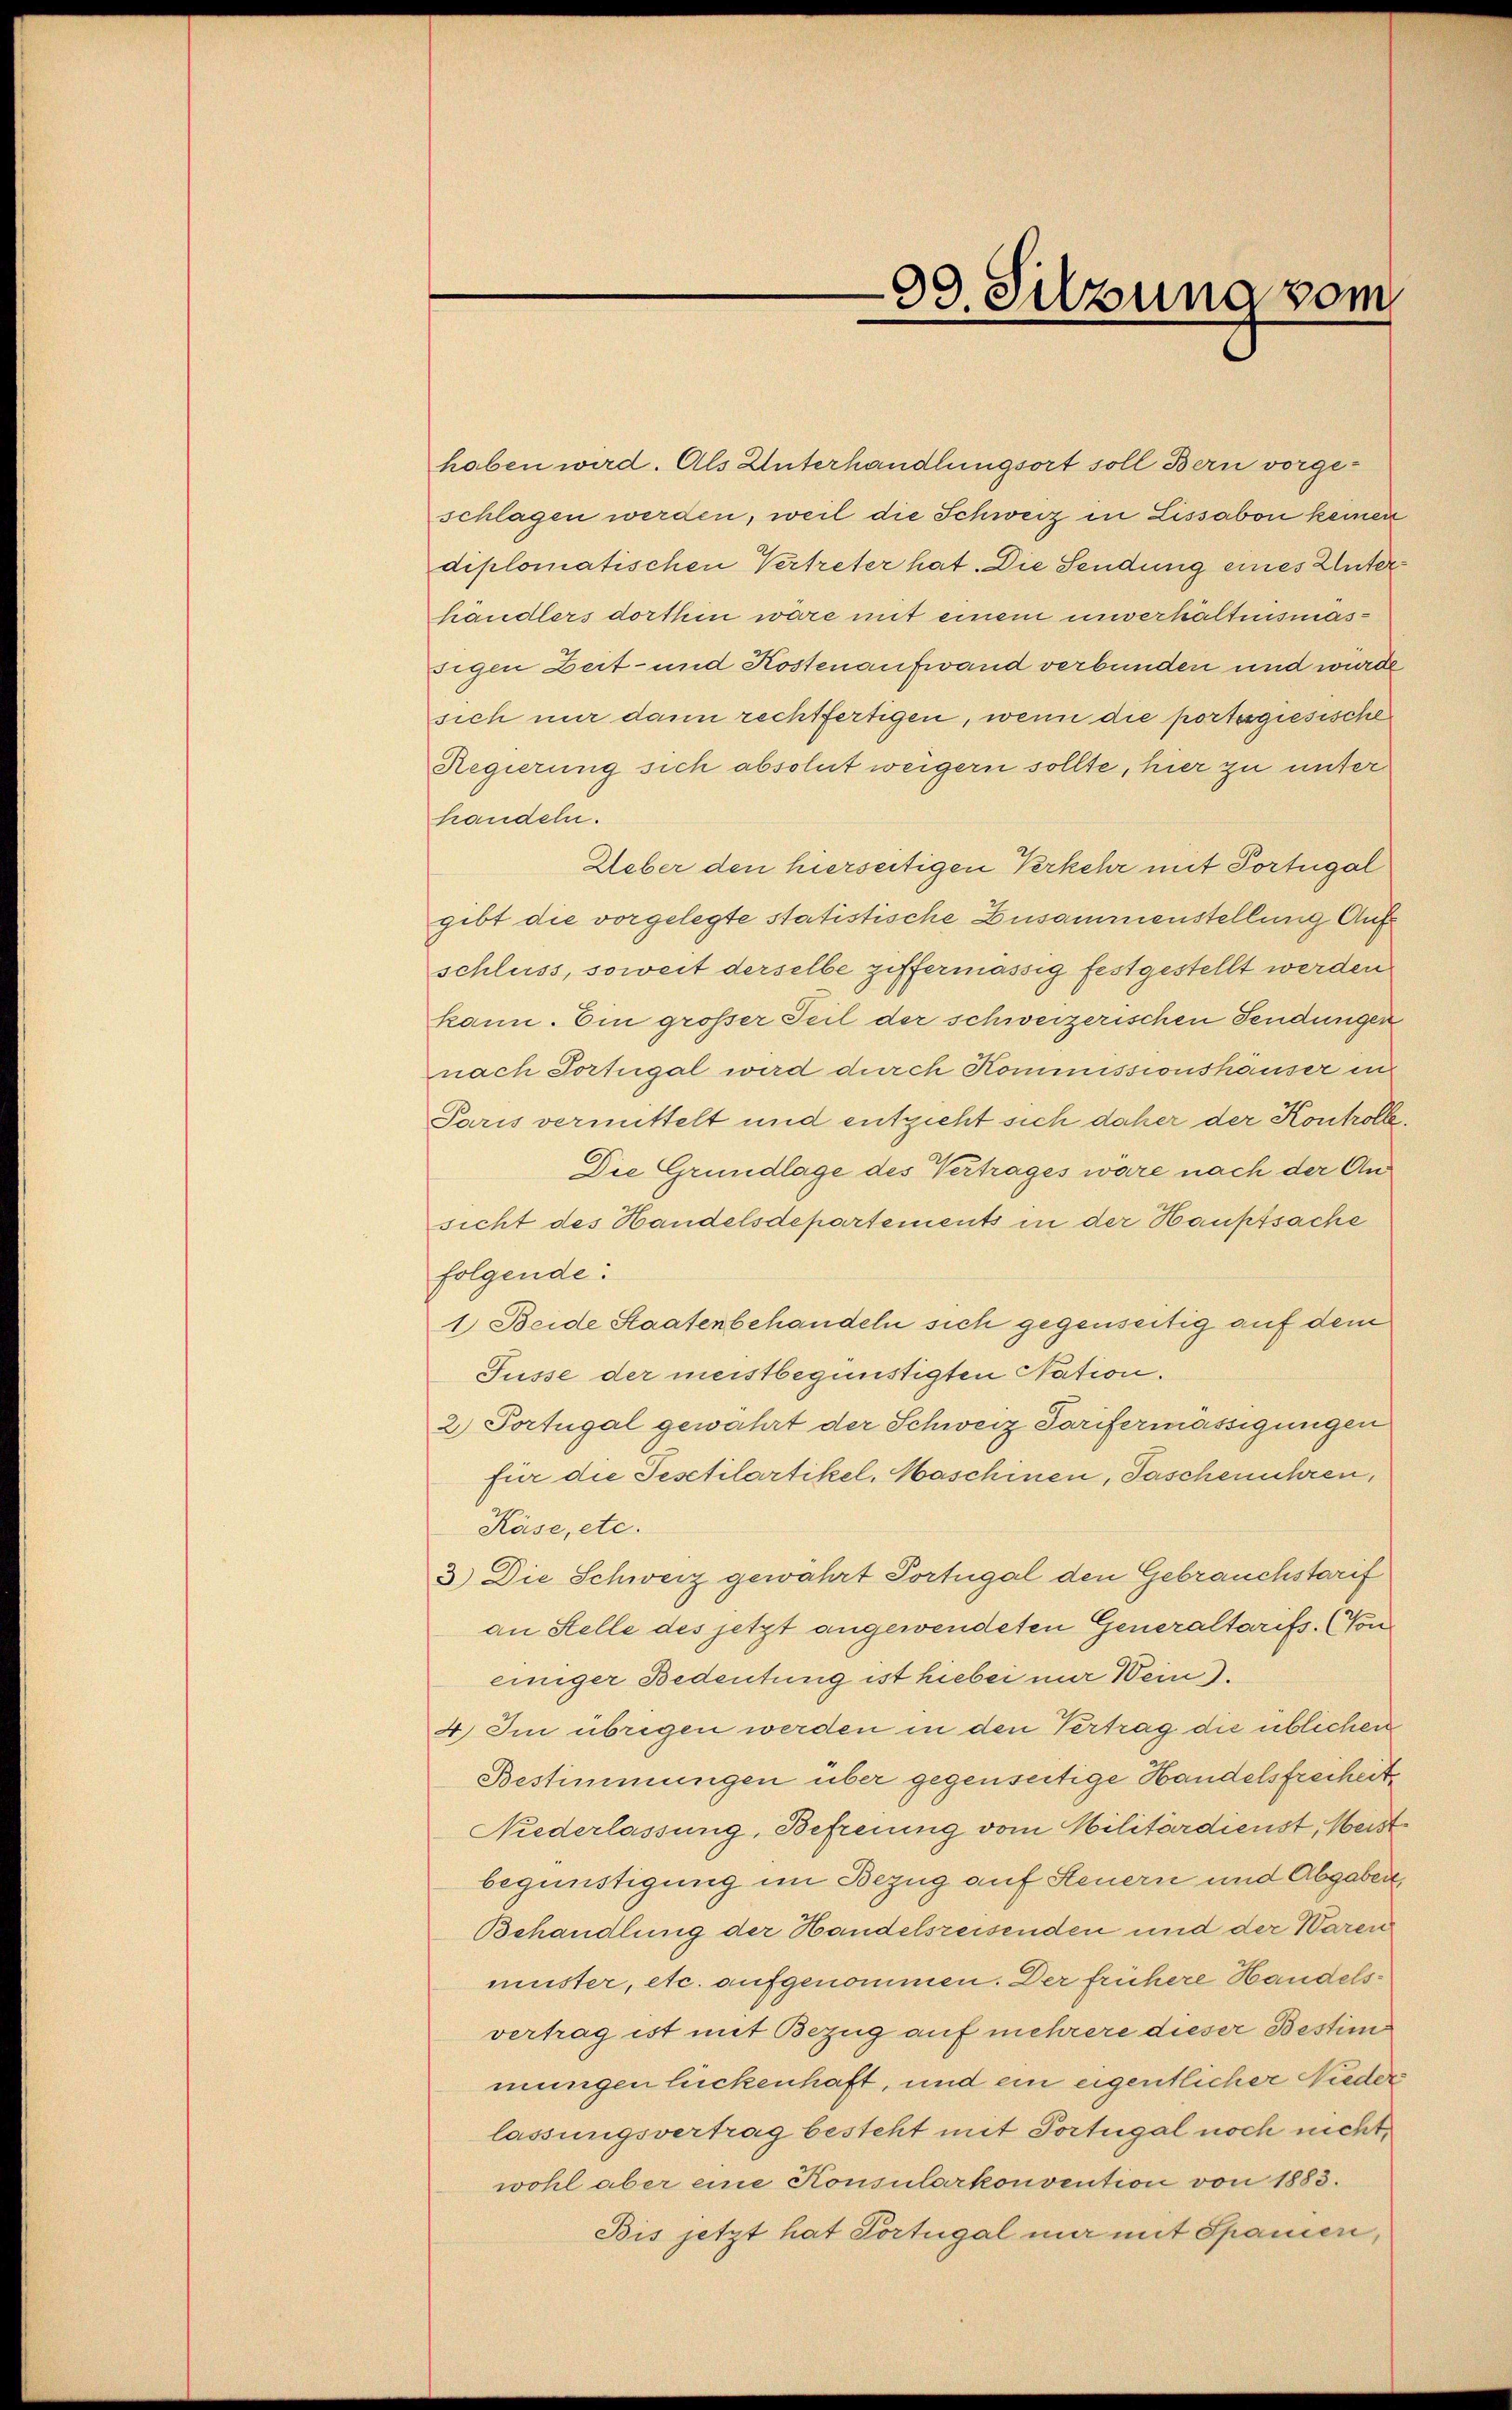
99. Silzuna vom

haben wird. Als Unterhandlungsort soll Bern vorgeschlagen werden, weil die Schweiz in Lissabon keinen
diplomatischen Vertreter hat. Die Sendung eines Unterhändlers dorthin wäre mit einem unverhältnismässigen Zeit- und Kostenaufwand verbunden und würde
sich nur dann rechtfertigen, wenn die portssgiesische
Regierung sich absolut weigern sollte, hier zu unter
handeln.
Ueber den hierseitigen Verkehr mit Portugal
gibt die vorgelegte statistische Zusammenstellung Auf
schluss, soweit derselbe ziffermässig festgestellt werden
kann. Ein grösser Teil der schweizerischen Sendungen
nach Portugal wird durch Kommissionshauser in
Paris vermittelt und entzieht sich daher der Kontrolle
Die Grundlage des Vertrages wäre nach der Ansicht des Handelsdepartements in der Hauptsache
folgende:
1. Beide Staatenbehandeln sich gegenseitig auf dem
Füsse der meistbegünstigten Nation.
2) Portugal gewährt der Schweiz Tarifermässigungen
für die Festtilartikel, Maschinen, Taschenuhren,
Käse, etc.
3.) Die Schweiz gewährt Portugal den Gebrauchstarif
an Stelle des jetzt angewendeten Generaltarifs. (Voneiniger Bedeutung ist hiebei nur Wein).
4.) Im übrigen werden in den Vertrag die üblichen
Bestimmungen über gegenseitige Handelsfreiheit
Niederlassung, Befreiung vom Militärdienst, Meist
begünstigung im Bezug auf Steuern und Abgaben,
Behandlung der Handelsreisenden und der Waren
muster, etc. aufgenommen. Der frühere Handelsvertrag ist mit Bezug auf mehrere dieser Bestim
mungen lückenhaft, und ein eigentlicher Nieder
lassungsvertrag besteht mit Portugal noch nicht,
wohl aber eine Konsularkonvention von 1883.
Bis jetzt hat Portugal mir mit Spanier,